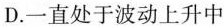
D.一直处于波动上升中